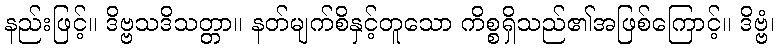
နည်းဖြင့်။ ဒိဗ္ဗသဒိသတ္တာ။ နတ်မျက်စိနှင့်တူသော ကိစ္စရှိသည်၏အဖြစ်ကြောင့်။ ဒိဗ္ဗံ၊